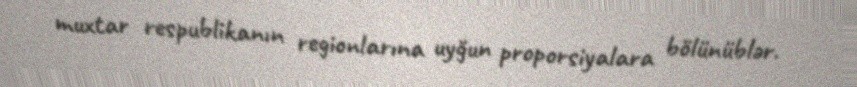
muxtar respublikanın regionlarına uyğun proporsiyalara bölünüblər.